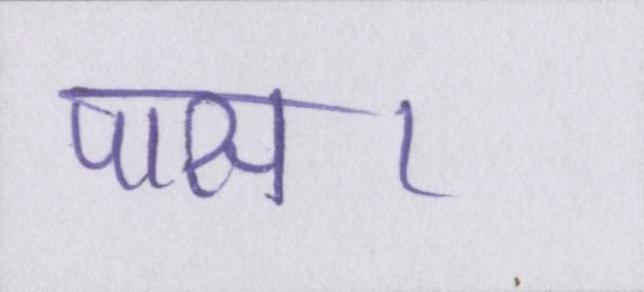
पास।